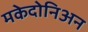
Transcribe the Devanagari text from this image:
मकेदोनिअन